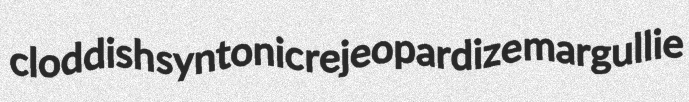
cloddish syntonic rejeopardize margullie